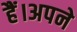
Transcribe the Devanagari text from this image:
हैं।अपने